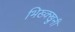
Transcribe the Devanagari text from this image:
भिख्क्खुनी